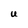
Character: U